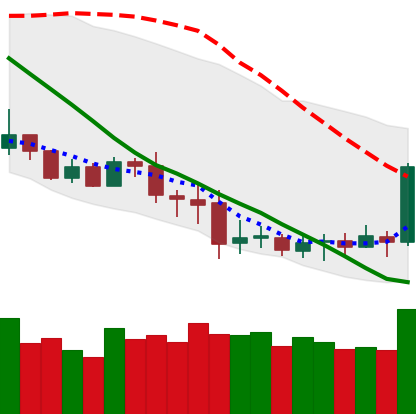
Ticker: XRP-USD
Chart end date: 2020-07-06
Forward return: 6.698%
Label: up_5_7